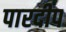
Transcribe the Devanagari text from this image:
पारदीप